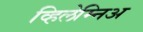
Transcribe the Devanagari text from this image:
व्हिलेम्निअ